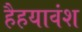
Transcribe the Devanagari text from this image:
हैहयावंश